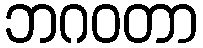
ဘဂဝတာ